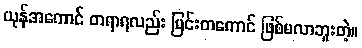
ယုန်အကောင် တရာရလည်း မြင်းတကောင် ဖြစ်မလာဘူးတဲ့။